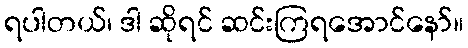
ရပါတယ်၊ ဒါ ဆိုရင် ဆင်းကြရအောင်နော်။